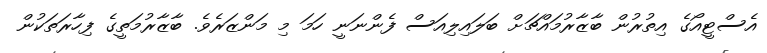
އެސްޓީއޯގެ އިތުރުން ބާޒާރުމައްޗަށް ބަލައިލިއަސް ފެންނަނީ ހަމަ މި މަންޒަރެވެ. ބާޒާރުމަތީގެ ފިހާރަތަކުން